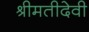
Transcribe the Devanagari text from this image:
श्रीमतीदेवी